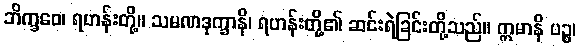
ဘိက္ခဝေ၊ ရဟန်းတို့။ သမဏဒုက္ခာနိ၊ ရဟန်းတို့၏ ဆင်းရဲခြင်းတို့သည်။ ဣမာနိ ပဉ္စ၊